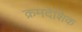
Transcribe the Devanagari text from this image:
क्रमदेशिक